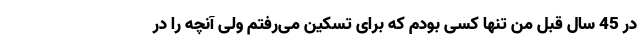
در 45 سال قبل من تنها کسی بودم که برای تسکین می‌رفتم ولی آنچه را در